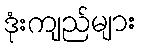
ဒုံးကျည်များ